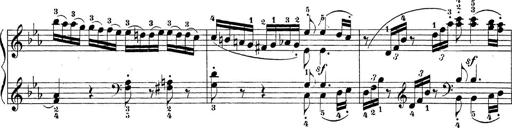
Title: Sonatina Album
Composer: Louis KÃ¶hler